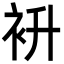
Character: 𮕭